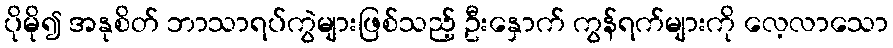
ပိုမို၍ အနုစိတ် ဘာသာရပ်ကွဲများဖြစ်သည့် ဦးနှောက် ကွန်ရက်များကို လေ့လာသော